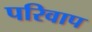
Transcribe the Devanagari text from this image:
परिवाप